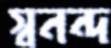
স্বনন্দ